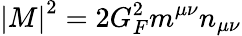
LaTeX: \left|M\right|^{2}=2G_{F}^{2}m^{\mu\nu}n_{\mu\nu}